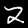
Label: 2